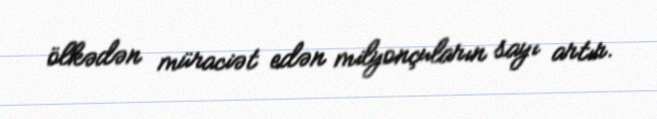
ölkədən müraciət edən milyonçuların sayı artır.